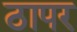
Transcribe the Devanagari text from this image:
ठापर